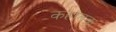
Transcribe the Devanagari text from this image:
कहांतक